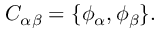
C _ { \alpha \beta } = \{ \phi _ { \alpha } , \phi _ { \beta } \} .